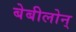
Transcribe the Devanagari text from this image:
बेबीलोन्